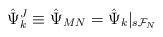
LaTeX: \begin{align*}{\hat \Psi}^J_k \equiv {\hat \Psi}_{MN} = {\hat \Psi}_k |_{s{\cal F}_N}\end{align*}